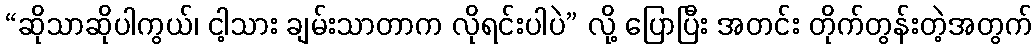
“ဆိုသာဆိုပါကွယ်၊ ငါ့သား ချမ်းသာတာက လိုရင်းပါပဲ” လို့ ပြောပြီး အတင်း တိုက်တွန်းတဲ့အတွက်